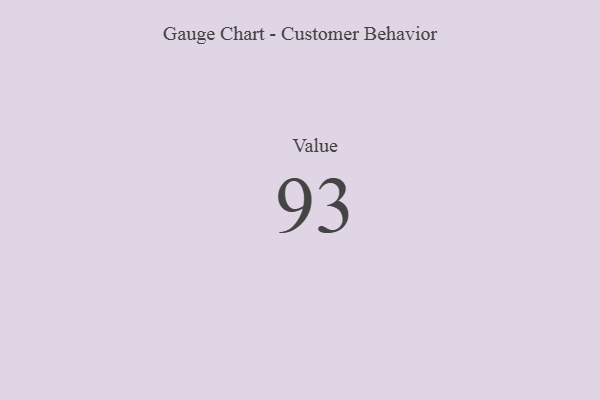
{"axis": {"x": "Metric", "y": "Value"}, "legend": [""], "data": [{"x": "Value", "y": 93, "type": ""}]}